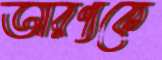
আরণ্যকে